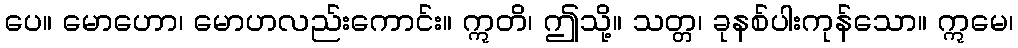
ပေ။ မောဟော၊ မောဟလည်းကောင်း။ ဣတိ၊ ဤသို့။ သတ္တ၊ ခုနစ်ပါးကုန်သော။ ဣမေ၊